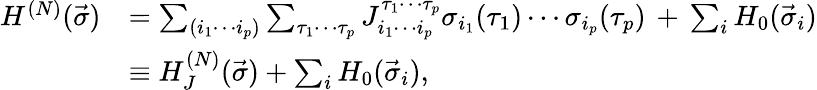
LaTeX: \begin{array}{rl}{H^{(N)}(\vec{\sigma})}&{=\sum_{(i_{1}\cdots i_{p})}\sum_{\tau_{1}\cdots\tau_{p}}J_{i_{1}\cdots i_{p}}^{\tau_{1}\cdots\tau_{p}}\sigma_{i_{1}}(\tau_{1})\cdots\sigma_{i_{p}}(\tau_{p})\, +\, \sum_{i}H_{0}(\vec{\sigma}_{i})}\\ &{\equiv H_{J}^{(N)}(\vec{\sigma})+\sum_{i}H_{0}(\vec{\sigma}_{i}),}\end{array}